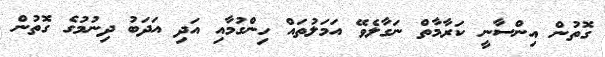
ގޮތުން އިންސާނީ ކަރާމާތް ނަގާލެވޭ އަމަލުތައް ހިންގުމާއި އަދި އަދަބު ދިނުމުގެ ގޮތުން